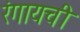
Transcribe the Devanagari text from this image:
रंगायची